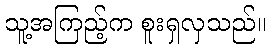
သူ့အကြည့်က စူးရှလှသည်။